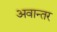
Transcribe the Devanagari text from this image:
अवान्‍तर